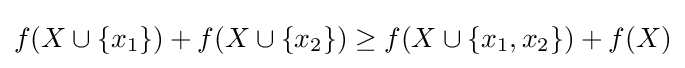
f(X\cup \{x_{1}\})+f(X\cup \{x_{2}\})\geq f(X\cup \{x_{1},x_{2}\})+f(X)